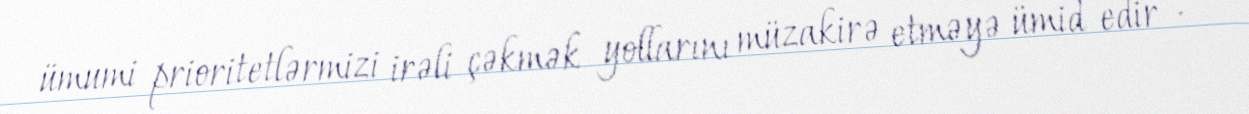
ümumi prioritetlərmizi irəli çəkmək yollarını müzakirə etməyə ümid edir ".